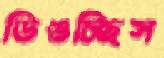
ডিঙচ্ছিস